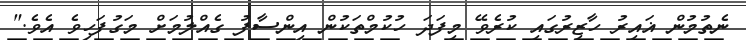
ނެތުމުން ޣައިރު ހާޒިރުގައި ކުރެވޭ މިފަދަ ހުކުމްތަކުން އިންސާފު ގެއްލުމަށް މަގުފަހިވެ އެވެ."